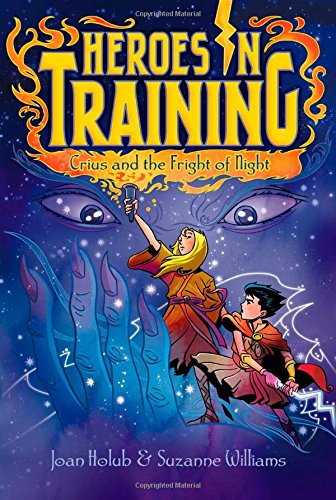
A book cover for Crius and the Night of Fright (Heroes in Training); Joan Holub; Children's Books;